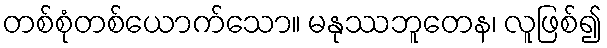
တစ်စုံတစ်ယောက်သော။ မနုဿဘူတေန၊ လူဖြစ်၍